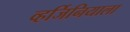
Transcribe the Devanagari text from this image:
व्हर्जिनियाला